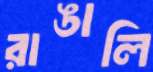
রাঙালি